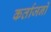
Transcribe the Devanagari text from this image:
कर्ताजनों